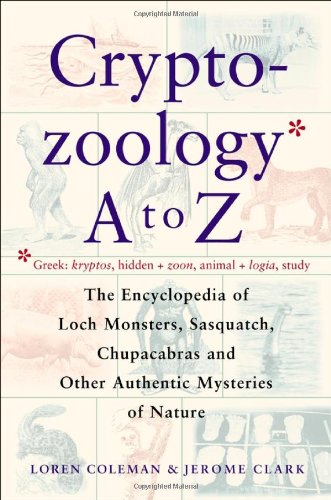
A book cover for Cryptozoology A To Z: The Encyclopedia of Loch Monsters, Sasquatch, Chupacabras, and Other Authentic Mysteries of Nature; Loren Coleman; Reference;